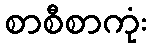
စာစီစာကုံး